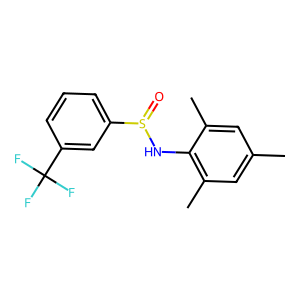
SMILES: Cc1cc(C)c(NS(=O)c2cccc(C(F)(F)F)c2)c(C)c1
Inhibits HIV replication: No